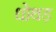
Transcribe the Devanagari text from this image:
धोथड़